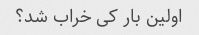
اولین بار کی خراب شد؟